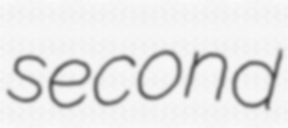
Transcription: second